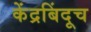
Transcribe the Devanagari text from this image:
केंद्रबिंदूच